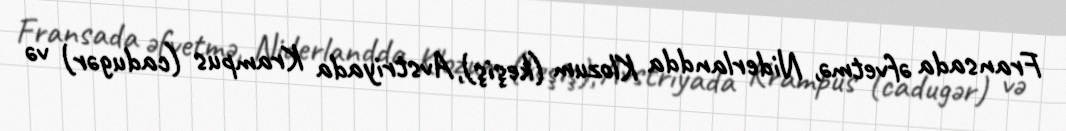
Fransada əfvetmə, Niderlandda Klozum (keşiş), Avstriyada Krampus (cadugər) və